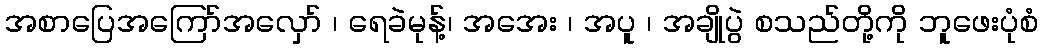
အစာပြေအကြော်အလှော် ၊ ရေခဲမုန့်၊ အအေး ၊ အပူ ၊ အချိုပွဲ စသည်တို့ကို ဘူဖေးပုံစံ